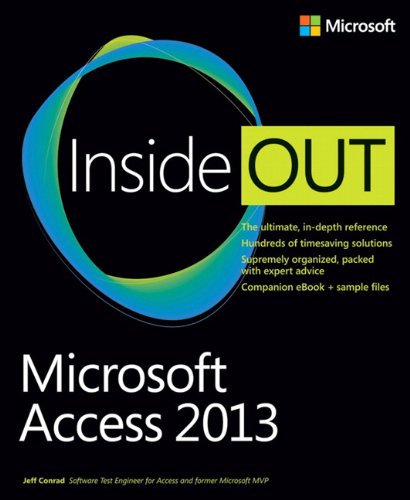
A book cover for Microsoft Access 2013 Inside Out; Jeff Conrad; Computers & Technology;